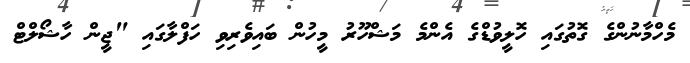
މެހްމާނުންގެ ގޮތުގައި ހޮލީވުޑްގެ އެންމެ މަޝްހޫރު މީހުން ބައިވެރިވި ހަފްލާގައި "ޖީން ހާޝޯލްޓް